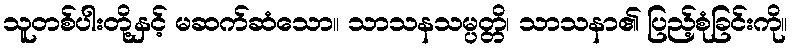
သူတစ်ပါးတို့နှင့် မဆက်ဆံသော။ သာသနသမ္ပတ္တိ၊ သာသနာ၏ ပြည့်စုံခြင်းကို။